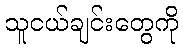
သူငယ်ချင်းတွေကို